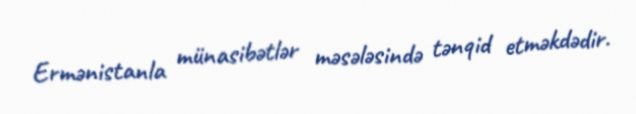
Ermənistanla münasibətlər məsələsində tənqid etməkdədir.